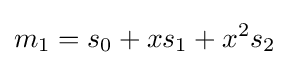
m_{1}=s_{0}+xs_{1}+x^{2}s_{2}